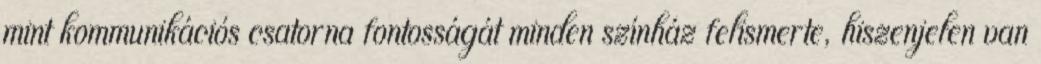
mint kommunikációs csatorna fontosságát minden színház felismerte, hiszenjelen van